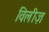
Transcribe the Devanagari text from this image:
विलीज़